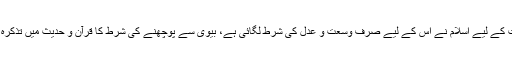
اہم اسلامی شریعت ہے اور دوسری شادی کی اجازت کے لیے اسلام نے اس کے لیے صرف وسعت و عدل کی شرط لگائی ہے، بیوی سے پوچھنے کی شرط کا قرآن و حدیث میں تذکرہ نہیں نا خیر القرون میں ایسی کوئی مثال موجود ہے۔